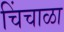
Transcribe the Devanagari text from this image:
चिंचाळा